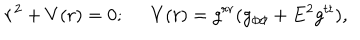
LaTeX: \dot { r } ^ { 2 } + V ( r ) = 0 ; \; \; V ( r ) = g ^ { r r } ( g _ { \phi \phi } + E ^ { 2 } g ^ { t t } ) ,